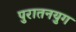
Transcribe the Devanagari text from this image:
पुरातनयुग